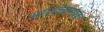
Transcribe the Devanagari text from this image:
भगवन्नामांक